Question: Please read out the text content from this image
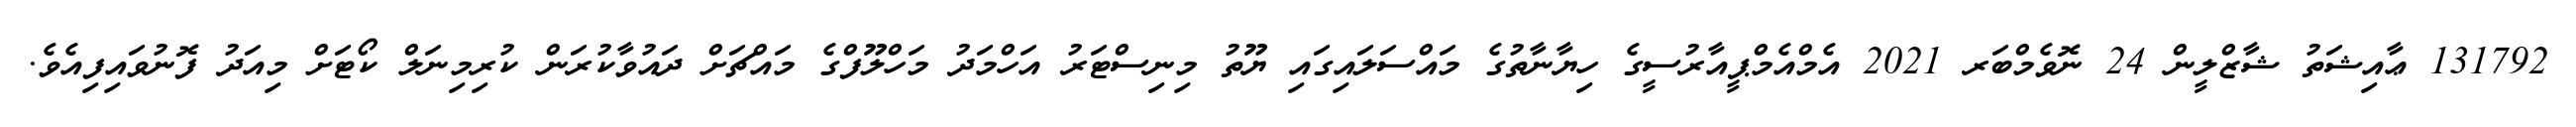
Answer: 131792 ޢާއިޝަތު ޝާޒްލީން 24 ނޮވެމްބަރ 2021 އެމްއެމްޕީއާރުސީގެ ހިޔާނާތުގެ މައްސަލައިގައި ޔޫތު މިނިސްޓަރު އަހްމަދު މަހްލޫފްގެ މައްޗަށް ދައުވާކުރަން ކުރިމިނަލް ކޯޓަށް މިއަދު ފޮނުވައިފިއެވެ.